Vaccination United Provinces of Agra and Oudh 1902-1913 - 1902-1913
Year: 1902
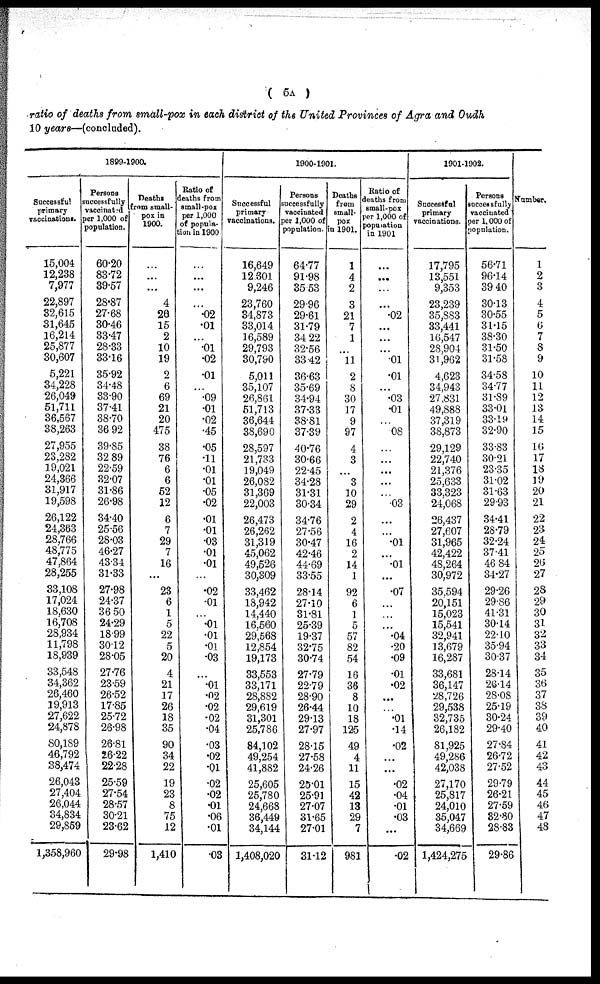
( 5A )
ratio of deaths from small-pox in each district of the United Provinces of Agra and Oudh
10 years—(concluded).
1899-1900.
Successful
primary
vaccinations.
15,004
12,238
7,977
22,897
32,615
31,645
16,214
25,877
30,607
5,221
34,228
26,049
51,711
36,567
38,263
27,955
23,282
19,021
24,366
31,917
19,598
26,122
24,363
28,766
48,775
47,864
28,255
33,108
17,024
18,630
16,708
28,934
11,798
18,939
33,548
34,362
26,460
19,913
27,622
24,878
80,189
46,792
38,474
26,043
27,404
26,044
34,834
29,859
1,358,960
Persons
successfully
vaccinated
per 1,000 of
population.
60.20
83.72
39.57
28.87
27.68
30.46
33.47
28.33
33.16
35.92
34.48
33.90
37.41
38.70
36.92
39.85
32.89
22.59
32.07
31.86
26.98
34.40
25.56
28.03
46.27
43.34
31.33
27.98
24.37
36.50
24.29
18.99
30.12
28.05
27.76
23.59
26.52
17.85
25.72
26.98
26.81
26.22
22.28
25.59
27.54
28.57
30.21
23.62
29.98
Deaths
from small-
pox in
1900.
...
...
...
4
26
15
2
10
19
2
6
69
21
20
475
38
76
6
6
52
12
6
7
29
7
16
...
23
6
1
5
22
5
20
4
21
17
26
18
35
90
34
22
19
23
8
75
12
1,410
Ratio of
deaths from
small-pox
per 1,000
of popula-
tion in 1900.
...
...
...
...
.02
.01
...
.01
.02
.01
...
.09
.01
.02
.45
.05
.11
.01
.01
.05
.02
.01
.01
.03
.01
.01
...
.02
.01
...
.01
.01
.01
.03
...
.01
.02
.02
.02
.04
.03
.02
.01
.02
.02
.01
.06
.01
.03
1900-1901.
Successful
primary
vaccinations.
16,649
12,301
9,246
23,760
34,873
33,014
16,589
29,793
30,790
5,011
35,107
26,861
51,713
36,644
38,690
28,597
21,733
19,049
26,082
31,369
22,003
26,473
26,262
31,319
45,062
49,526
30,309
33,462
18,942
14,440
16,560
29,568
12,854
19,173
33,553
33,171
28,882
29,619
31,301
25,786
84,102
49,254
41,882
25,605
25,780
24,668
36,449
34,144
1,408,020
Persons
successfully
vaccinated
per 1,000 of
population.
64.77
91.98
35.53
29.96
29.61
31.79
34.22
32.56
33.42
36.63
35.69
34.94
37.33
38.81
37.39
40.76
30.66
22.45
34.28
31.31
30.34
34.76
27.56
30.47
42.46
44.69
33.55
28.14
27.10
31.81
25.39
19.37
32.75
30.74
27.79
22.79
28.90
26.44
29.13
27.97
28.15
27.58
24.26
25.01
25.91
27.07
31.65
27.01
31.12
Deaths
from
small-
pox
in 1901.
1
4
2
3
21
7
1
11
2
8
30
17
9
97
4
3
...
3
10
29
2
4
16
2
14
1
92
6
1
5
57
82
54
16
36
8
10
18
125
49
4
11
15
42
13
29
7
981
Ratio of
deaths from
small-pox
per 1,000 of
population
in 1901
...
...
...
...
.02
...
...
...
.01
.01
...
.03
.01
...
.08
...
...
...
...
...
.03
...
...
.01
...
.01
...
.07
...
...
...
.04
.20
.09
.01
.02
...
...
.01
.14
.02
...
...
.02
.04
.01
.03
...
.02
1901-1902.
Successful
primary
vaccinations.
17,795
13,551
9,353
23,239
35,883
33,441
16,547
28,904
31,962
4,623
34,943
27,831
49,888
37,319
38,873
29,129
22,740
21,376
25,633
33,323
24,068
26,437
27,607
31,965
42,422
48,264
30,972
35,594
20,151
15,023
15,541
32,941
13,679
16,287
33,681
36,147
28,726
29,538
32,735
26,182
81,925
49,286
42,038
27,170
25,817
24,010
35,047
34,669
1,424,275
Persons
successfully
vaccinated
per 1,000 of
population.
56.71
96.14
39.40
30.13
30.55
31.15
38.30
31.50
31.58
34.58
34.77
31.89
33.01
33.19
32.90
33.83
30.21
23.35
31.02
31.63
29.93
34.41
28.79
32.24
37.41
46.84
34.27
29.26
29.86
41.31
30.14
22.10
35.94
30.37
28.14
26.14
28.08
25.19
30.24
29.40
27.84
26.72
27.52
29.79
26.21
27.59
32.80
28.83
29.86
Number.
1
2
3
4
5
6
7
8
9
10
11
12
13
14
15
16
17
18
19
20
21
22
23
24
25
26
27
28
29
30
31
32
33
34
35
36
37
38
39
40
41
42
43
44
45
46
47
48